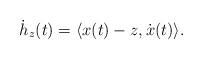
LaTeX: \begin{align*}\dot h_z(t)=\langle x(t)-z, \dot x(t)\rangle.\end{align*}